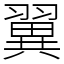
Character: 翼